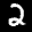
Label: 2